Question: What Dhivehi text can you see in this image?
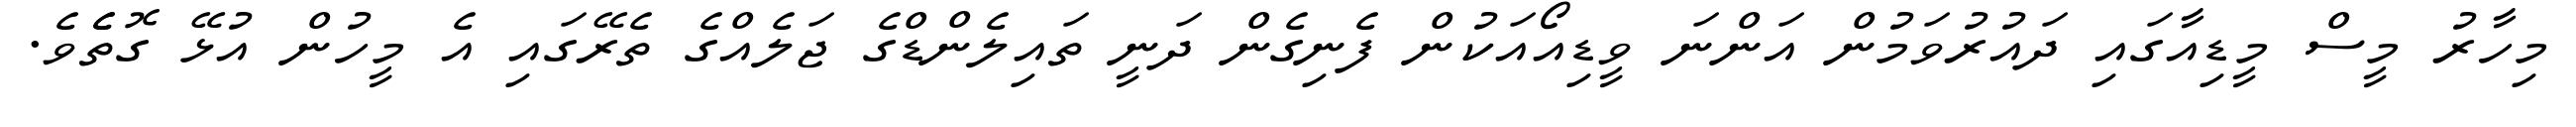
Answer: މިހާރު މީސް މީޑިއާގައި ދައުރުވަމުން އަންނަ ވީޑިއޯއަކުން ފެނިގެން ދަނީ ތައިލެންޑްގެ ޖަލެއްގެ ތެރޭގައި އެ މީހުން އުޅޭ ގޮތެެވެ.